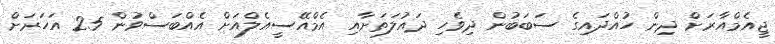
ޖީއެމްއާރަށް ދިން ހުއްދައިގެ ސަބަބުން ދިވެހި ދައުލަތަށާއި އެމްއޭސީއެލްއަށް އެއްބަސްވުން 25 އަހަރަށް